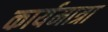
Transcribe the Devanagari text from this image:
कार्यमात्रा